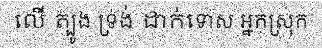
លើ ត្បូង ទ្រង់ ដាក់ទោស អ្នកស្រុក